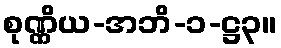
စုဏ္ဏိယ-အဘိ-၁-ဋ္ဌ၃။